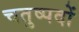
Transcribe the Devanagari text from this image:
चतुष्पदों